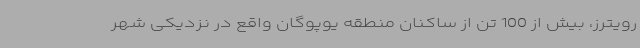
رویترز، بیش از 100 تن از ساکنان منطقه یوپوگان واقع در نزدیکی شهر